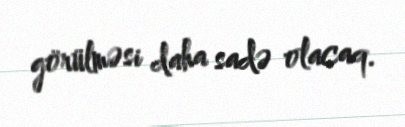
görülməsi daha sadə olacaq.